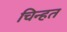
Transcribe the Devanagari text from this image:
चिन्हत